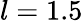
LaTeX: l=1.5